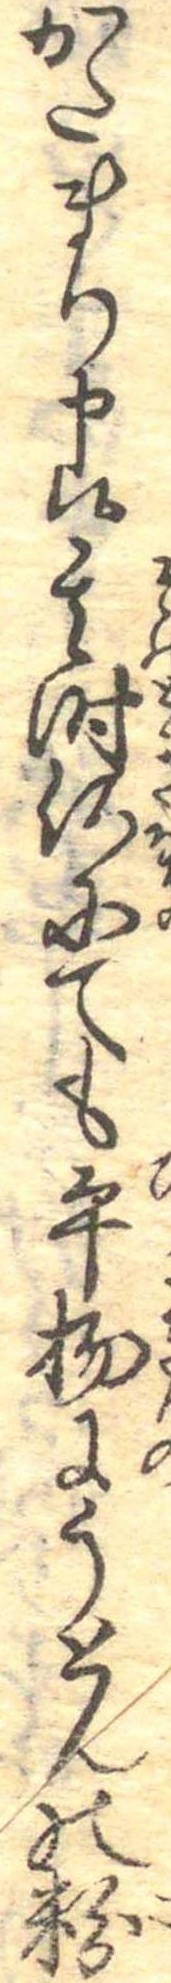
かたまり申候其時何にても平物にうとんの粉